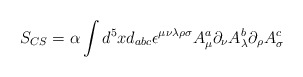
\begin{align*}S_{CS} = \alpha \int d^{5}x d_{abc} \epsilon^{\mu \nu \lambda \rho \sigma}A_{\mu}^a \partial_{\nu} A_{\lambda}^b \partial_{\rho} A_{\sigma}^c\end{align*}